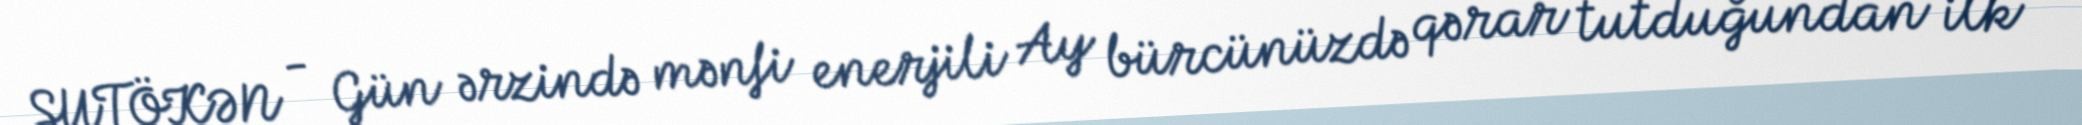
SUTÖKƏN - Gün ərzində mənfi enerjili Ay bürcünüzdə qərar tutduğundan ilk